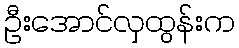
ဦးအောင်လှထွန်းက